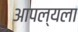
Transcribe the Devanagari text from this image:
आपल्यला